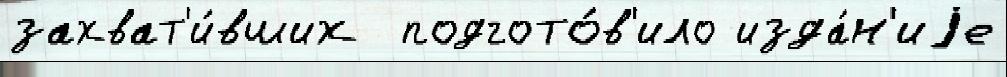
захват'и́вших  подгото́в'ило изда́н'иjе